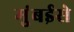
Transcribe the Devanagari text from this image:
मुंबईसे